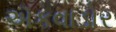
ઍકવાડોર